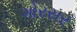
ગોરસર